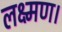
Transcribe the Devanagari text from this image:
लक्ष्मण।